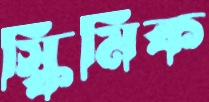
স্কিমিক